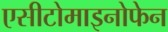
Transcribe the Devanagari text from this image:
एसीटोमाइनोफेन